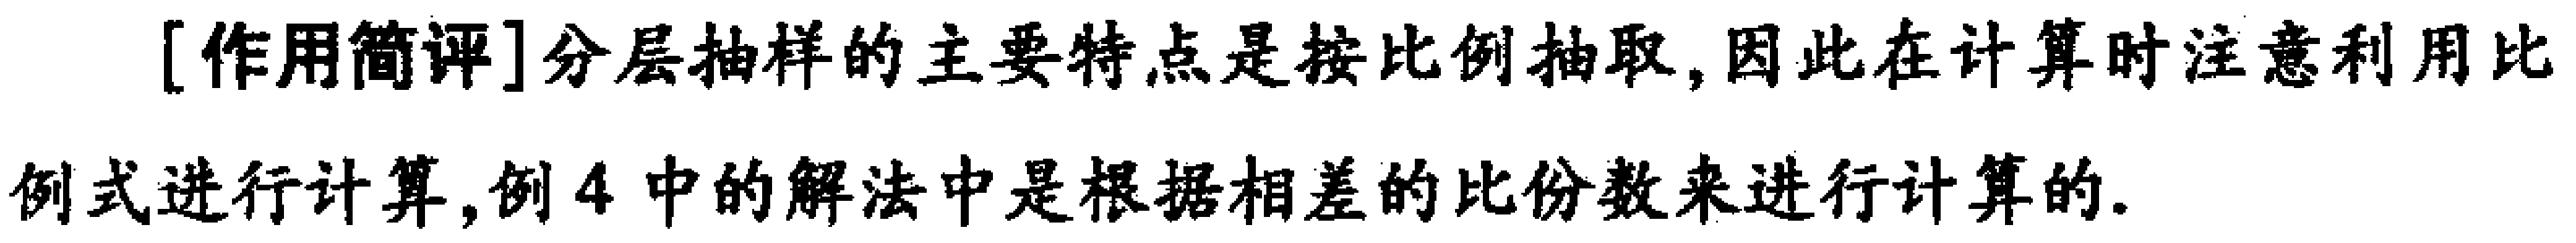
[作用简评]分层抽样的主要特点是按比例抽取,因此在计算时注意利用比例式进行计算,例4中的解法中是根据相差的比份数来进行计算的.